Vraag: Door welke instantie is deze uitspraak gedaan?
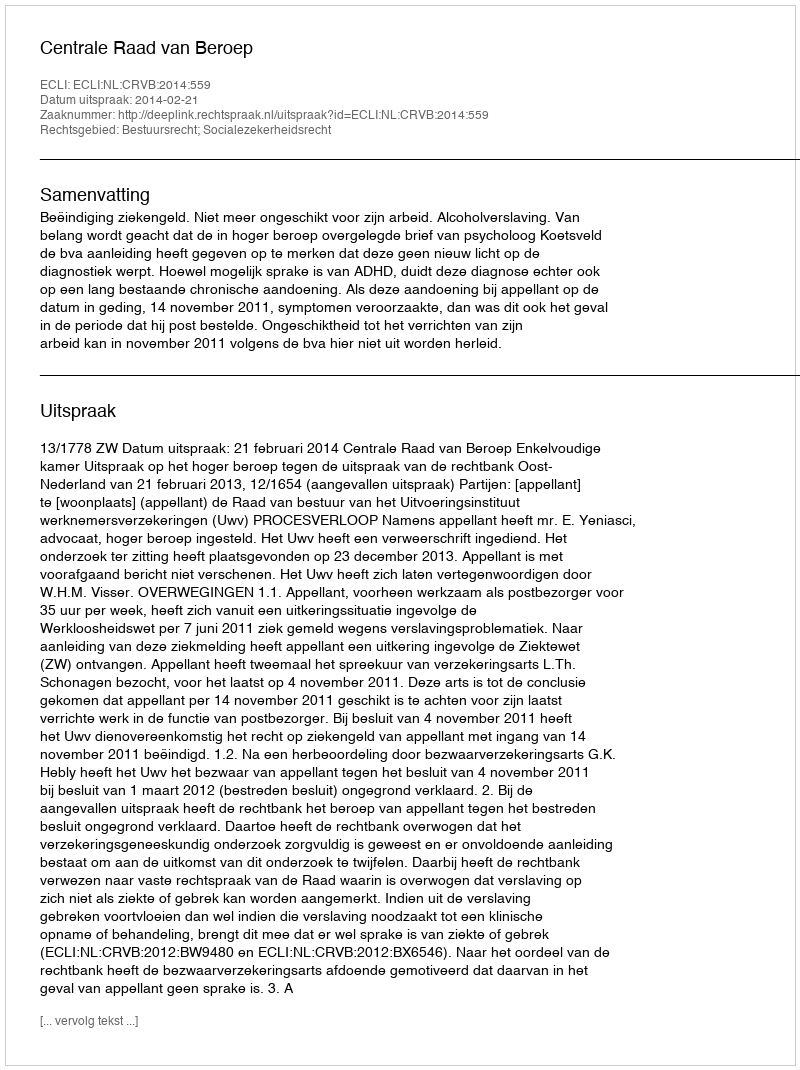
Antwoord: Centrale Raad van Beroep